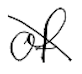
Text: of
Cross-out: diagonal
Writing tool: digital_black